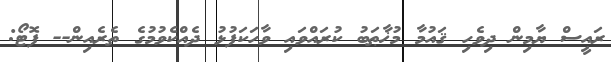
ރައީސް ޔާމިން ދިވެހި ޤައުމާ މުޚާޠަބު ކުރައްވައި ވާހަކަފުޅު ދެއްކެވުމުގެ ތެރެއިން-- ފޮޓޯ: